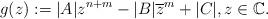
LaTeX: \begin{align*}g(z):=|A|z^{n+m}-|B|\overline{z}^m+|C|,z\in \mathbb{C}.\end{align*}